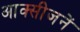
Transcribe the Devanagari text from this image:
आक्सीजनें